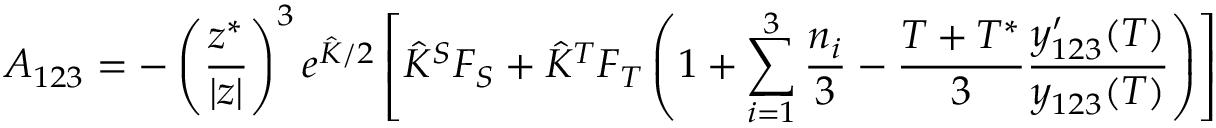
A _ { 1 2 3 } = - \left( \frac { z ^ { * } } { | z | } \right) ^ { 3 } e ^ { \hat { K } / 2 } \left[ \hat { K } ^ { S } F _ { S } + \hat { K } ^ { T } F _ { T } \left( 1 + \sum _ { i = 1 } ^ { 3 } \frac { n _ { i } } { 3 } - \frac { T + T ^ { * } } { 3 } \frac { y _ { 1 2 3 } ^ { \prime } ( T ) } { y _ { 1 2 3 } ( T ) } \right) \right]